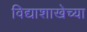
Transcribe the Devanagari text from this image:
विद्याशाखेच्या